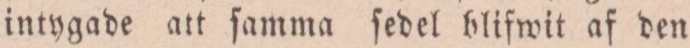
intygade att ſamma ſedel blifwit af den